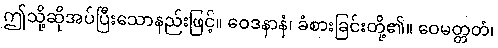
ဤသို့ဆိုအပ်ပြီးသောနည်းဖြင့်။ ဝေဒနာနံ၊ ခံစားခြင်းတို့၏။ ဝေမတ္တတံ၊